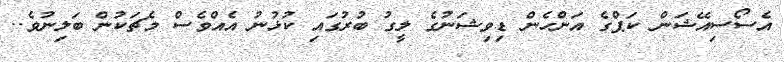
އެސޯސިއޭޝަން ކަޕްގެ އަންހެން ޑިވިޝަނުގެ ލީގު ބުރުގައި ކުޅުނު އެއްވެސް މެޗަކުން ބަލިނުވެ..